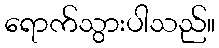
ရောက်သွားပါသည်။